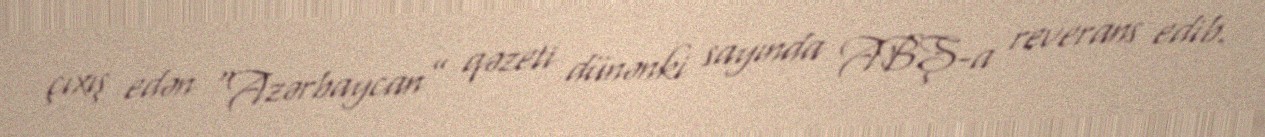
çıxış edən “Azərbaycan” qəzeti dünənki sayında ABŞ-a reverans edib.